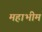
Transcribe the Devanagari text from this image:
महाभीम